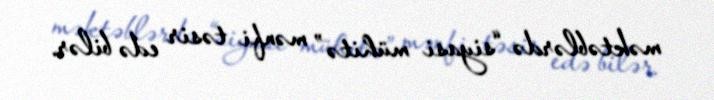
məktəblərdə “siyasi mühitə” mənfi təsir edə bilər.